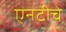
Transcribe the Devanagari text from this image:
एनटीचे